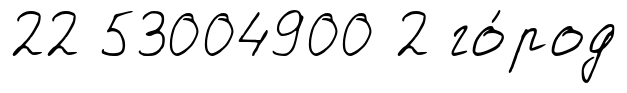
22 53004900 2 го́род